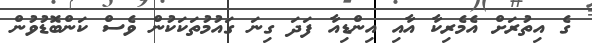
ގެ އިތުރަށް އެމެރިކާ އާއި އިންޑިއާ ފަދަ ގިނަ ގައުމުތަކަކުން ވެސް ކަންބޮޑުވުން